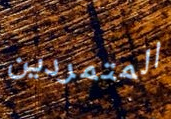
المتمردين